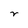
Character: r